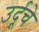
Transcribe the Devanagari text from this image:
उर्दूचे